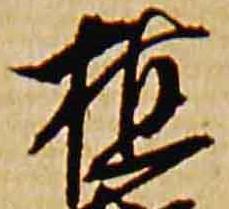
植